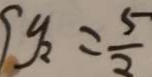
y _ { 2 } = \frac { 5 } { 2 }